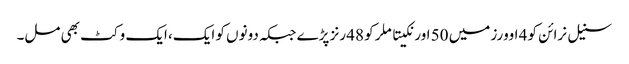
سنیل نرائن کو 4 اوورز میں 50 اور نکیتا ملر کو 48 رنز پڑے جبکہ دونوں کو ایک، ایک وکٹ بھی مل۔